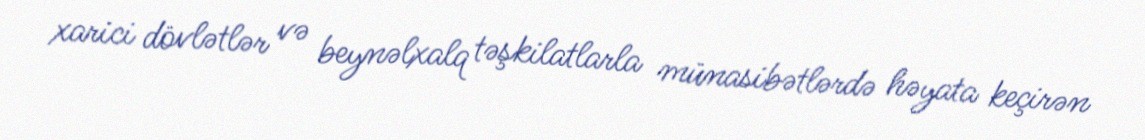
xarici dövlətlər və beynəlxalq təşkilatlarla münasibətlərdə həyata keçirən